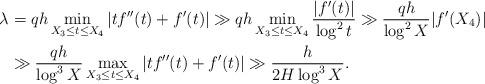
LaTeX: \begin{align*}\lambda &= qh \min_{X_3 \leq t \leq X_4 } |tf''(t) + f'(t)| \gg qh \min_{X_3 \leq t \leq X_4} \frac{|f'(t)|}{\log^2 t} \gg \frac{qh}{\log^2 X} |f'(X_4)| \\ &\gg \frac{qh}{\log^3 X} \max_{X_3 \leq t \leq X_4} |t f''(t) + f'(t)| \gg \frac{h}{2H \log^3 X}.\end{align*}